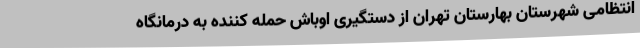
انتظامی شهرستان بهارستان تهران از دستگیری اوباش حمله کننده به درمانگاه